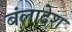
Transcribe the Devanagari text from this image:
बंलादेश